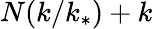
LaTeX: N(k/k_{*})+k